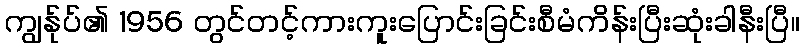
ကျွန်ုပ်၏ 1956 တွင်တင့်ကားကူးပြောင်းခြင်းစီမံကိန်းပြီးဆုံးခါနီးပြီ။